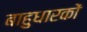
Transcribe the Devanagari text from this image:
बाहुधारकों